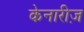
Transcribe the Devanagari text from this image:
केनारीज़